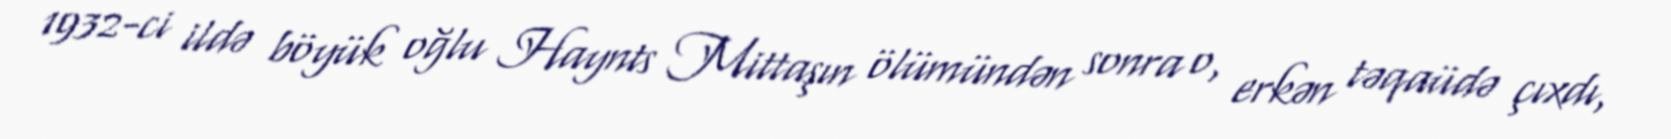
1932-ci ildə böyük oğlu Haynts Mittaşın ölümündən sonra o, erkən təqaüdə çıxdı,